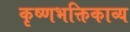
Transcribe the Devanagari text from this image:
कृष्णभक्तिकाव्य